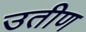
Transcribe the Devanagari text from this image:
उतीण